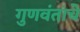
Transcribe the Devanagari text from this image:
गुणवंतांचे